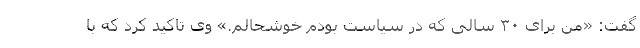
گفت: «من برای ۳۰ سالی که در سیاست بودم خوشحالم.» وی تاکید کرد که با